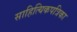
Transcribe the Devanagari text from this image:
साहित्यिकपत्रिका